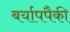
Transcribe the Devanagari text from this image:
बर्यापपैकी